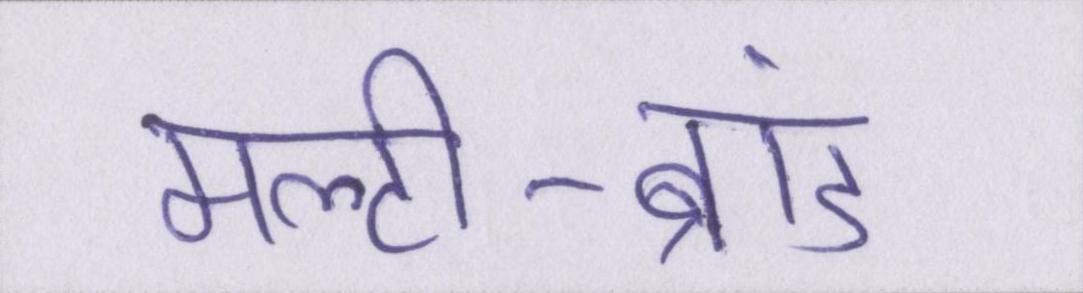
मल्टी-ब्रांड